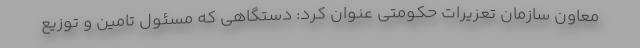
معاون سازمان تعزیرات حکومتی عنوان کرد: دستگاهی که مسئول تامین و توزیع